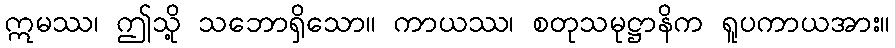
ဣမဿ၊ ဤသို့ သဘောရှိသော။ ကာယဿ၊ စတုသမုဋ္ဌာနိက ရူပကာယအား။